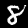
Digit: 8